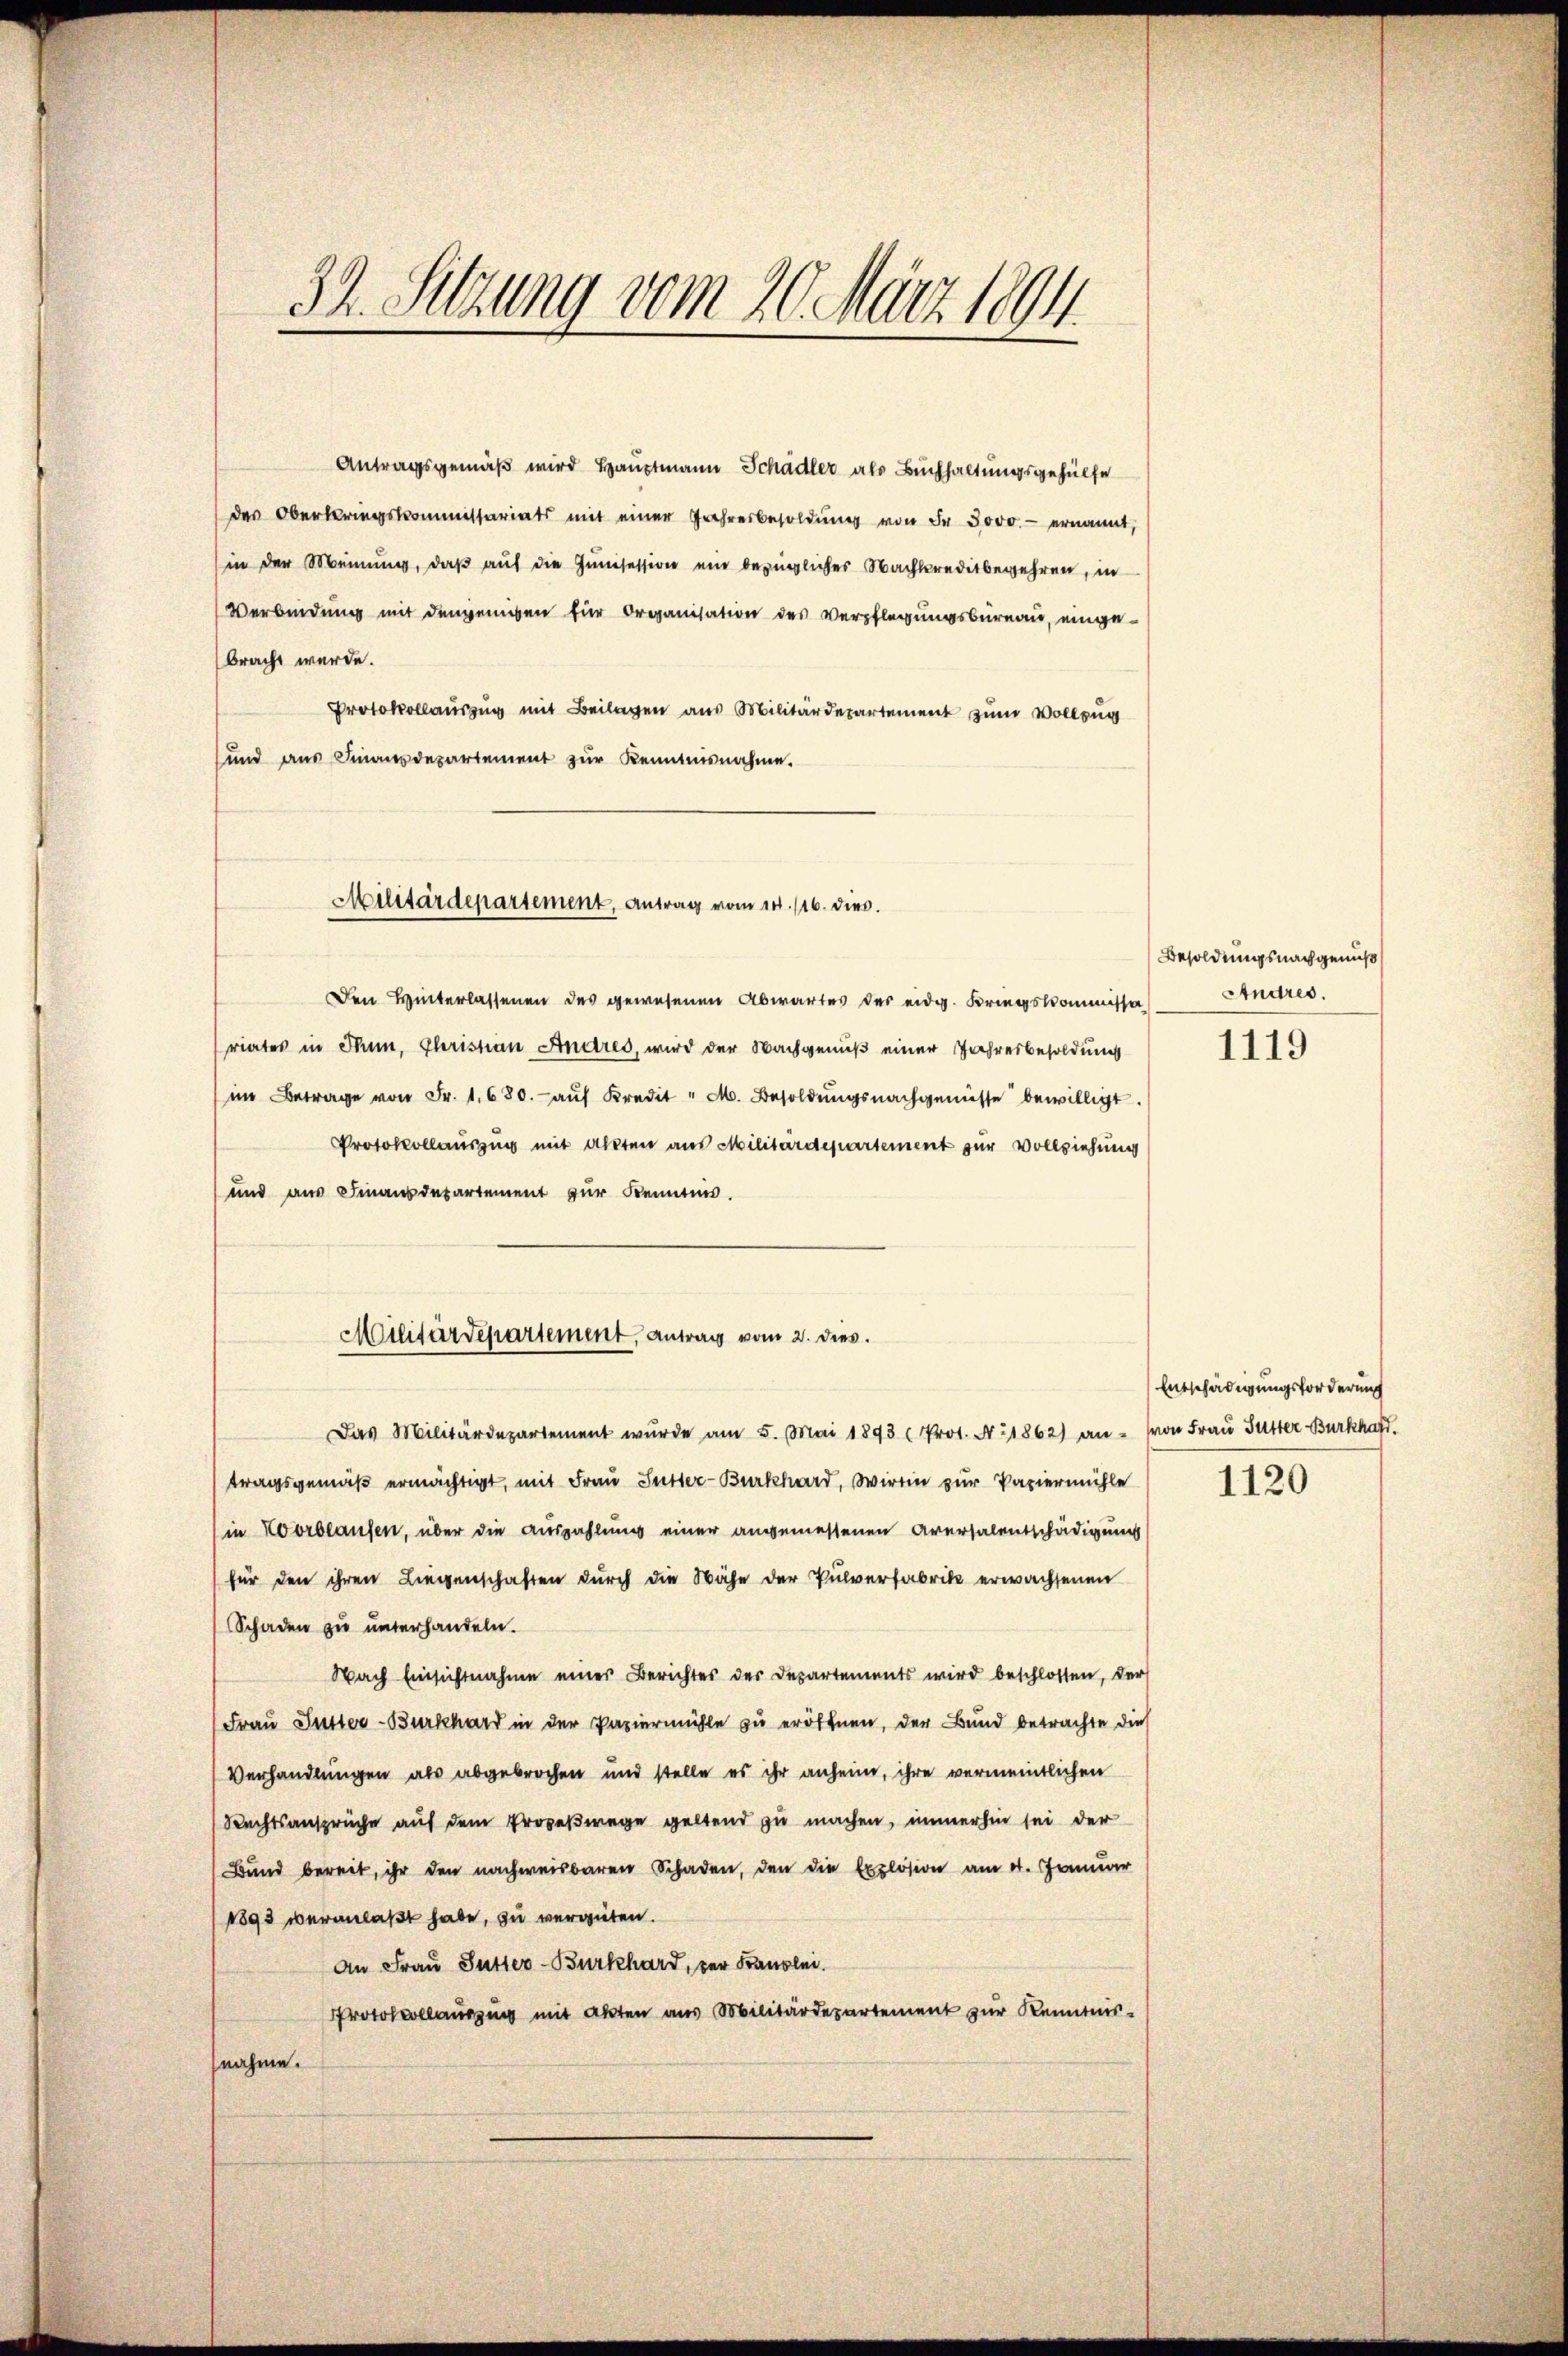
32. Sitzung vom 20. März 1894.

Antragsgemäß wird Hauptmann Schädler als Buchhaltungsgehülfe
des Oberkriegskommissariats mit einer Jahresbesoldŭng von Fr. 3000.- ernannt,
(in der Meinung, daß auf die Junisession ein bezüglicher Nachkreditbegehren, in
Verbindung mit denjenigen für Organisation des Verpflegungsbureau, eingebracht werde.
Protokollauszug mit Beilagen aus Militärdepartement zum Vollzug
und aus Finanzdepartement zur Kenntnisnahme.
Den Hinterlassenen des gewesenen Abwartes der eidg. Kriegskommissor
riates in Thun, Christian Andres, wird der Nachgenuß einer Jahresbesoldung
im Betrage von Fr. 1680. aŭf Kredit " M. Besoldŭngsnachgenüsse bewilligt.
Protokollauszug mit alten aus Militärdepartement zur Vollziehung
und aus Finanzdepartement zur Kenntnis.
Militärdepartement, Antrag vom 2. dies.
Das Militärdepartement wurde am 5. Mai 1893 (Prot. A. 1862) an - von Frau Futter Burkhard.
tragsgemäß ermächtigt, mit Frau Sutter-Burkhard, Wirtin zur Papiermühle
in Korblaufen, über die Auszahlung einer angemessenen Aversalentschädigung
für den ihren Liegenschaften durch die Nähe der Pulverfabrik erwachsenen
Schaden zu unterhandeln.
Nach Einsichtnahme einer Berichtes der Departements wird beschlossen, der
(Frau Juster-Burkhard in der Papiermühle zu eröffnen, der Bund betrachte dies
Verhandlungen als abgebrochen und stelle es ihr anheim, ihre vermeintlichen
Rechtsansprüche auf dem Propeßwege geltend zu machen, immerhin sei der
Bund bereit, ihr den nachweisbaren Schaden, den die Explosion am 4. Januar
1893 veranlaßt habe, zu vergüten.
An Frau Sutter-Burkhard, der Franzlei.
Protocollauszug mit Akten aus Militärdepartement zur Kenntnisnahme.

Militärdepartement, Antrag vom 10. 116. dies

Besoldungsnachgenuß
Andres.

1119

Entschädigungsforderung

1120